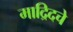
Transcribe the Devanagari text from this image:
माद्रिदचे